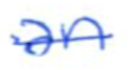
Text: an
Cross-out: single-line
Writing tool: ballpoint